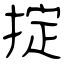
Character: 掟